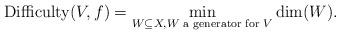
LaTeX: \begin{align*}\textnormal{Difficulty}(V,f)=\min_{W\subseteq X, W \textnormal{ a generator for }V}\dim(W). \end{align*}